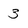
Character: 3